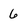
Character: 6